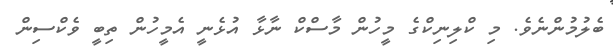
ބެލުމުންނެވެ. މި ކްލިނިކްގެ މީހުން މާސްކް ނާޅާ އުޅެނީ އެމީހުން ތިބީ ވެކްސިން